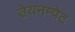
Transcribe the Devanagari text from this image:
तेयनम्पेट